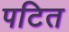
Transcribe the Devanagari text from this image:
पटित